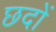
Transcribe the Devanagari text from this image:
छदों